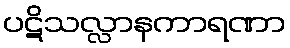
ပဋိသလ္လာနကာရဏာ